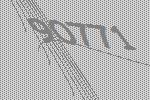
90771